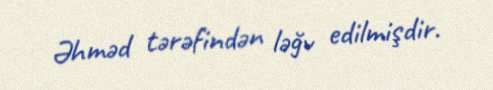
Əhməd tərəfindən ləğv edilmişdir.